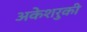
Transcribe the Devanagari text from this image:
अकेशरुकी